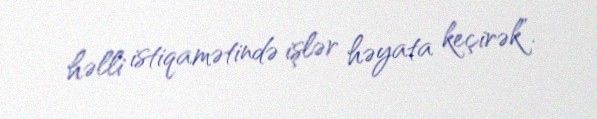
həlli istiqamətində işlər həyata keçirək”.